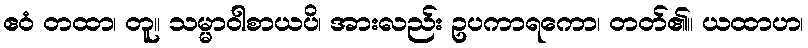
ဧဝံ တထာ၊ တူ။ သမ္မာဝါစာယပိ၊ အားလည်း ဥပကာရကော၊ တတ်၏။ ယထာဟ၊